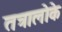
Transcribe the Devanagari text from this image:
तत्रालोके